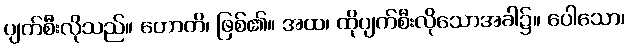
ပျက်စီးလိုသည်။ ဟောတိ၊ ဖြစ်၏။ အထ၊ ထိုပျက်စီးလိုသောအခါ၌။ ပေါသော၊